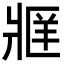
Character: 𬌄